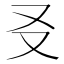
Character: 㕛